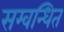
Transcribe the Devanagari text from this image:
सम्वन्धित